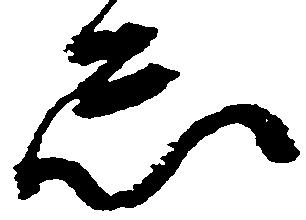
怠